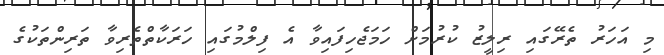
މި އަހަރު ތެރޭގައި ރިލީޒު ކުރުމަށް ހަމަޖެހިފައިވާ އެ ފިލްމުގައި ހަރަކާތްތެރިވާ ތަރިންތަކުގެ